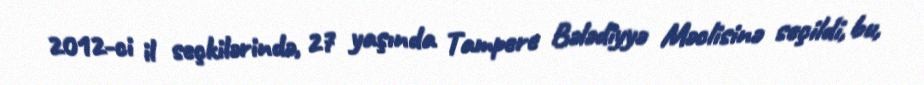
2012-ci il seçkilərində, 27 yaşında Tampere Bələdiyyə Məclisinə seçildi, bu,